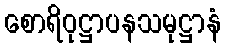
စောရိဝုဋ္ဌာပနသမုဋ္ဌာနံ